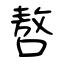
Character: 嗸